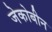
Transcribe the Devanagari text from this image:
जेकोबीन